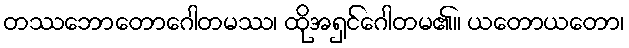
တဿဘောတောဂေါတမဿ၊ ထိုအရှင်ဂေါတမ၏။ ယတောယတော၊